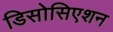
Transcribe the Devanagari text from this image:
डिसोसिएशन